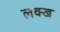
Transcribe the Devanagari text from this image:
लक्ख